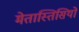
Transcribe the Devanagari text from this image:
मेतास्तिसियों